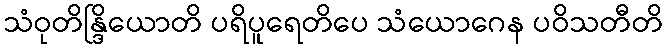
သံဝုတိန္ဒြိယောတိ ပရိပူရေတိပေ သံယောဂေန ပဝိသတီတိ